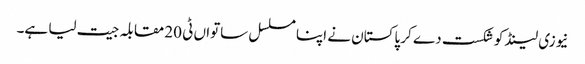
نیوزی لینڈ کو شکست دے کر پاکستان نے اپنا مسلسل ساتواں ٹی 20 مقابلہ جیت لیا ہے۔